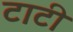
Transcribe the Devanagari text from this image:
टाटी